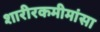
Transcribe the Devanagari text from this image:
शारीरकमीमांसा